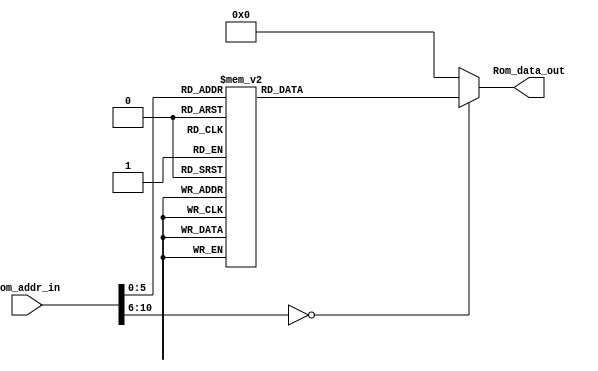
module Program_Rom(Rom_data_out, Rom_addr_in);

//---------
    output [13:0] Rom_data_out;
    input [10:0] Rom_addr_in; 
//---------
    
    reg   [13:0] data;
    wire  [13:0] Rom_data_out;
    
    always @(Rom_addr_in)
        begin
            case (Rom_addr_in)
                10'h0 : data = 14'h3000;
                10'h1 : data = 14'h008D;
                10'h2 : data = 14'h2019;
                10'h3 : data = 14'h3000;
                10'h4 : data = 14'h008D;
                10'h5 : data = 14'h2019;
                10'h6 : data = 14'h3008;
                10'h7 : data = 14'h008D;
                10'h8 : data = 14'h2019;
                10'h9 : data = 14'h3008;
                10'ha : data = 14'h008D;
                10'hb : data = 14'h2019;
                10'hc : data = 14'h3001;
                10'hd : data = 14'h008D;
                10'he : data = 14'h2019;
                10'hf : data = 14'h3000;
                10'h10 : data = 14'h008D;
                10'h11 : data = 14'h2019;
                10'h12 : data = 14'h3004;
                10'h13 : data = 14'h008D;
                10'h14 : data = 14'h2019;
                10'h15 : data = 14'h3001;
                10'h16 : data = 14'h008D;
                10'h17 : data = 14'h2019;
                10'h18 : data = 14'h2800;
                10'h19 : data = 14'h301E;
                10'h1a : data = 14'h00A0;
                10'h1b : data = 14'h01A1;
                10'h1c : data = 14'h01A2;
                10'h1d : data = 14'h0BA2;
                10'h1e : data = 14'h33FE;
                10'h1f : data = 14'h0BA1;
                10'h20 : data = 14'h33FB;
                10'h21 : data = 14'h0BA0;
                10'h22 : data = 14'h33F8;
                10'h23 : data = 14'h0008;
                default: data = 14'h0;   
            endcase
        end

     assign Rom_data_out = data;

endmodule